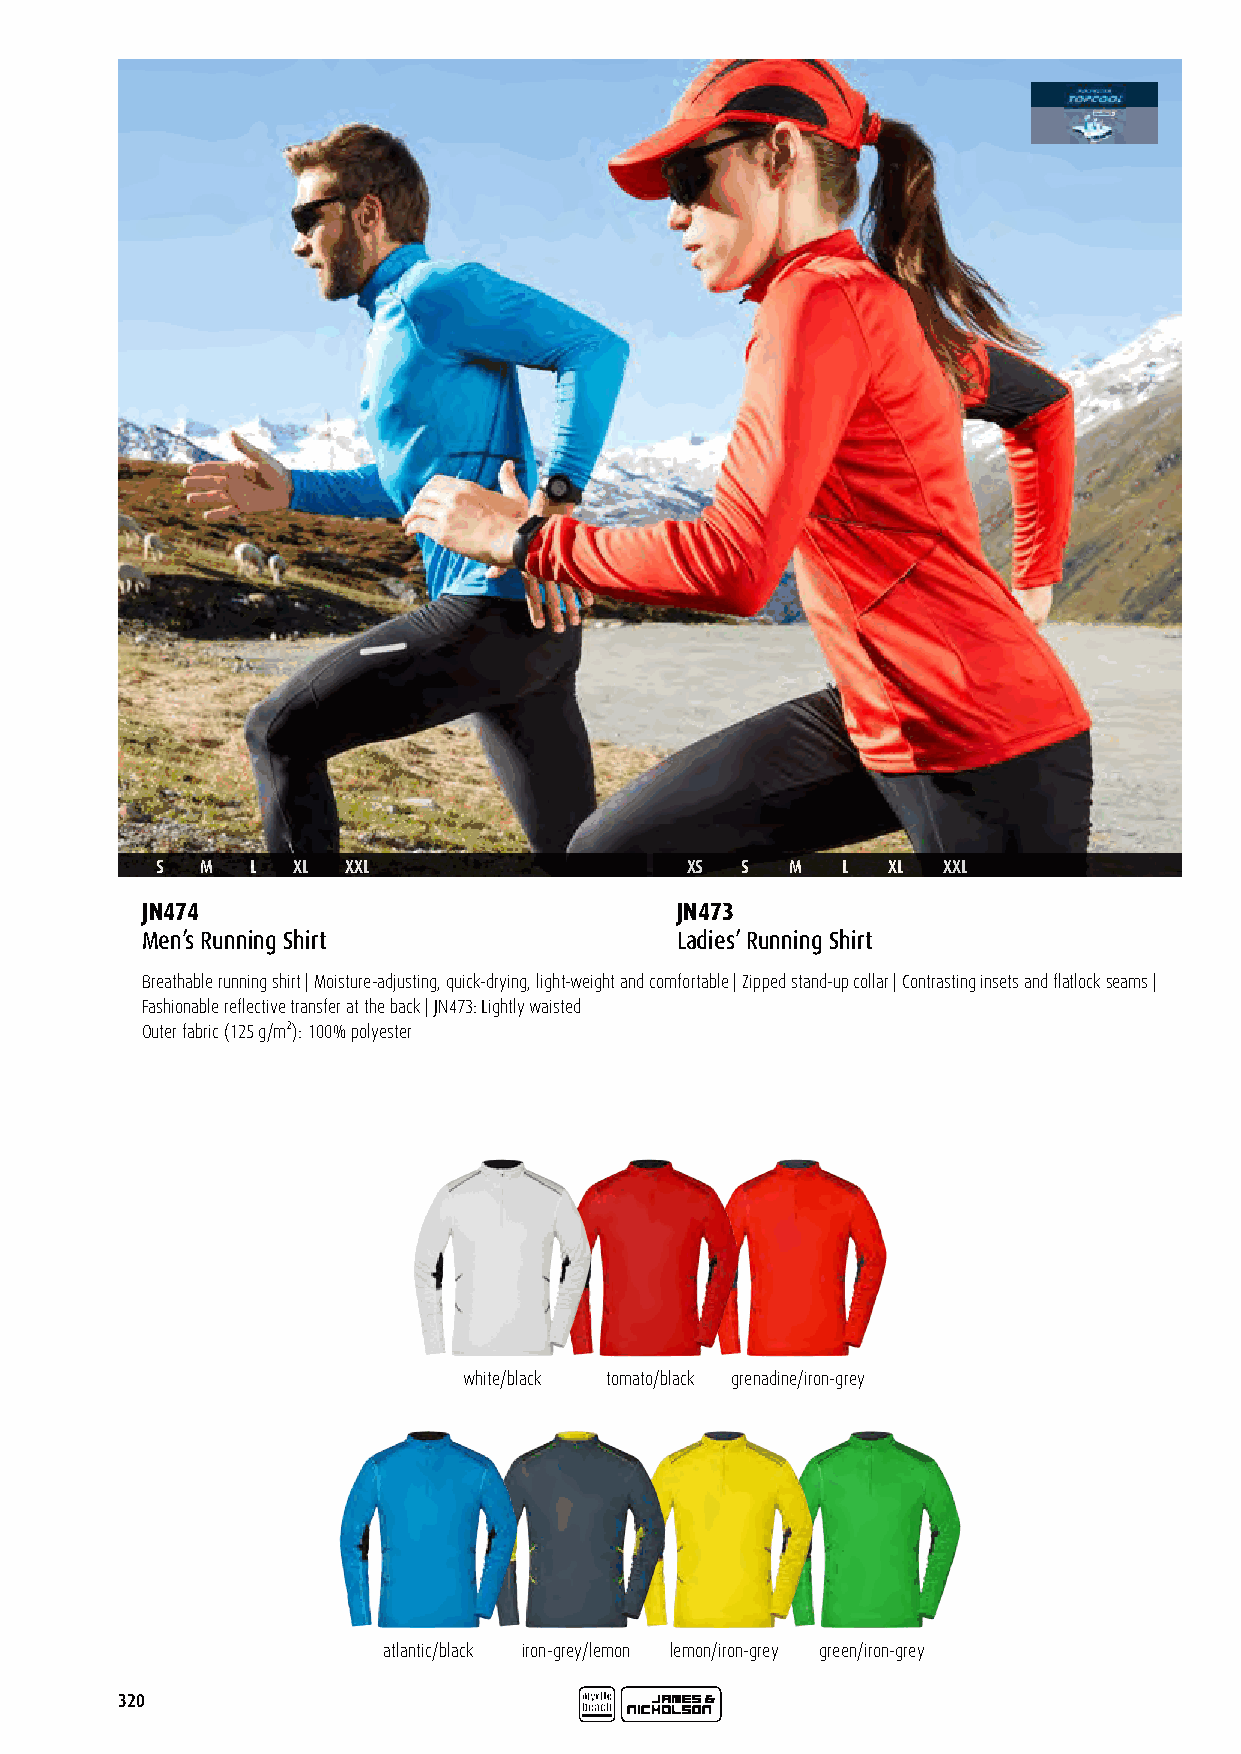
S  M   L XL  XXL                   XS  S  M   L  XL XXL
 JN474                               JN473
 Men’s Running Shirt                 Ladies’ Running Shirt
 Breathable running shirt | Moisture-adjusting, quick-drying, light-weight and comfortable | Zipped stand-up collar | Contrasting insets and flatlock seams |
 Fashionable reflective transfer at the back | JN473: Lightly waisted
 Outer fabric (125 g/m²): 100% polyester
 white/black tomato/black grenadine/iron-grey
 atlantic/black iron-grey/lemon lemon/iron-grey green/iron-grey
 320